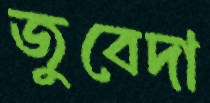
জুবেদা